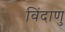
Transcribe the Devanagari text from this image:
विंदाणु